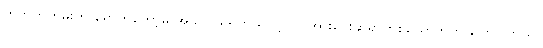
ဟိုဘက်ကမ်းကို ရောက်တော့မှ အသက်ရှုရတယ်လို့ လုပ်အားပေးဆရာတစ်ယောက်က ပြောပါတယ်။